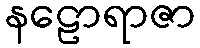
နဠောရာဇာ